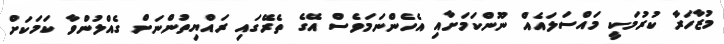
މުޒާހަރާ ކުރުމަކީ މައްސަލައެއް ނޫންކަމަށާއި އެހެންނަމަވެސް އޭގެ ތެރޭގައި ރައްޔިތުންނަށް ގެއްލުންވާ ކަމަކަށް